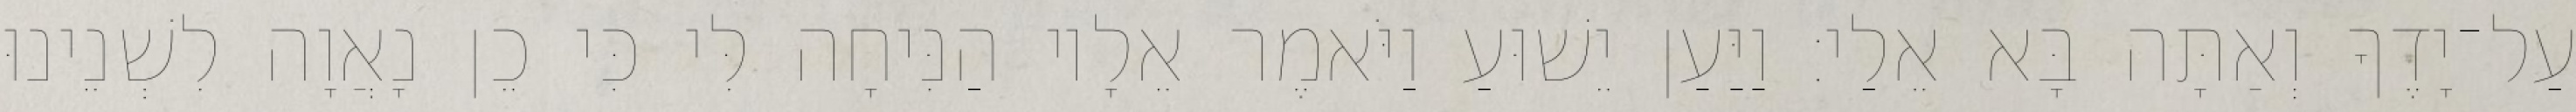
עַל־יָדֶךָ וְאַתָּה בָּא אֵלַי׃ וַיַּעַן יֵשׁוּעַ וַיֹּאמֶר אֵלָיו הַנִּיחָה לִּי כִּי כֵן נָאֲוָה לִשְׁנֵינוּ